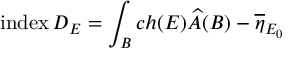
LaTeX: \mathrm { i n d e x } \, D _ { E } = \int _ { B } c h ( E ) \widehat { A } ( B ) - \overline { { \eta } } _ { E _ { 0 } }